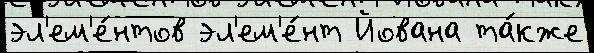
эл'ем'е́нтов эл'ем'е́нт Йована та́кже